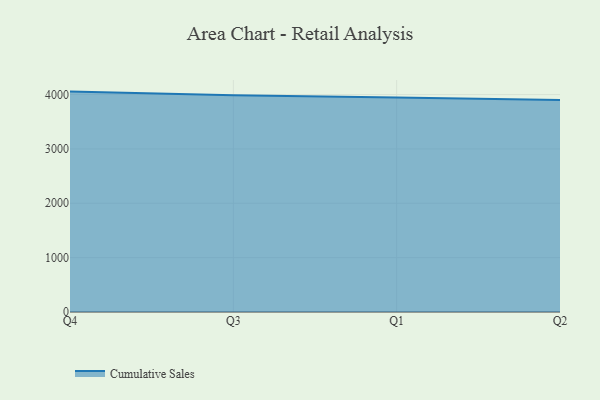
{"axis": {"x": "Quarter", "y": "Population (Million)"}, "legend": ["Cumulative Sales"], "data": [{"x": "Q4", "y": 4054.6, "type": "Cumulative Sales"}, {"x": "Q3", "y": 3988.0, "type": "Cumulative Sales"}, {"x": "Q1", "y": 3945.9, "type": "Cumulative Sales"}, {"x": "Q2", "y": 3898.8, "type": "Cumulative Sales"}]}